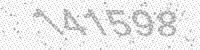
Solution: 141598